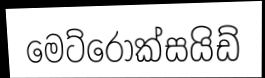
මෙට්රොක්සයිඩ්